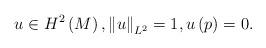
LaTeX: \begin{align*}u\in H^{2}\left( M\right) ,\left\Vert u\right\Vert _{L^{2}}=1,u\left(p\right) =0. \end{align*}